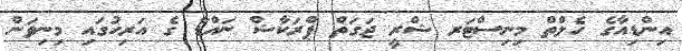
އިންޑިއާގެ ހެލްތް މިނިސްޓަރ ޝްރީ ޖަގަތް ޕްރަކާޝް ނައްޑާ ގެ އަރިހުގައި މިނިވަން